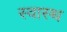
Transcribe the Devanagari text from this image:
स्‍वास्थ